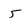
Character: 5